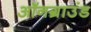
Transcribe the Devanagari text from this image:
ऑनग्राउंड